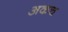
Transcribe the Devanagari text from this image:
अकच